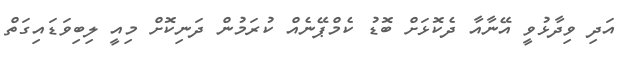
އަދި ވިދާޅުވީ އޭނާއާ ދެކޮޅަށް ބޮޑު ކެމްޕޭނެއް ކުރަމުން ދަނިކޮށް މިއީ ލިބިވަޑައިގަތް